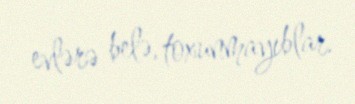
evlərə belə, toxunmayıblar.